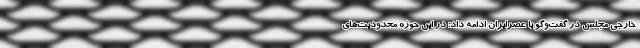
خارجی مجلس در گفت‌وگو با عصرایران ادامه داد: در این حوزه محدودیت‌های